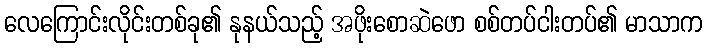
လေကြောင်းလိုင်းတစ်ခု၏ နုနယ်သည့် အဖိုးစောဆဲဖော စစ်တပ်ငါးတပ်၏ မာသာက